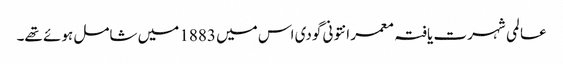
عا لمی شہرت یافتہ معمر انتونی گودی اس میں 1883 میں شامل ہوئے تھے۔